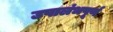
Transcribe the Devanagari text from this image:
उपालंभपूर्ण